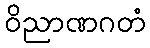
ဝိညာဏဂတံ